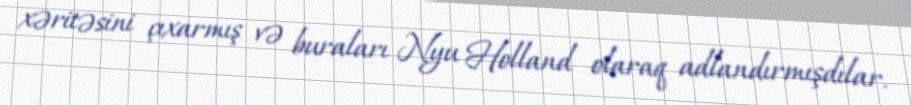
xəritəsini çıxarmış və buraları Nyu Holland olaraq adlandırmışdılar.